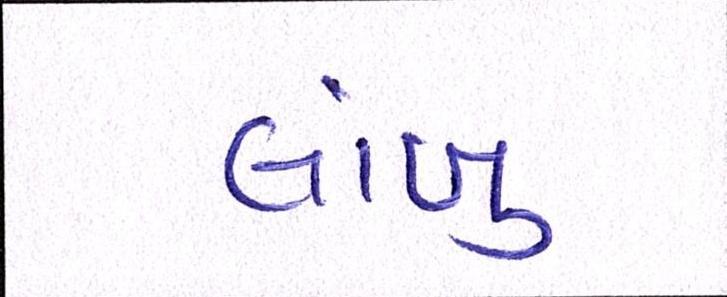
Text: લાંબુ